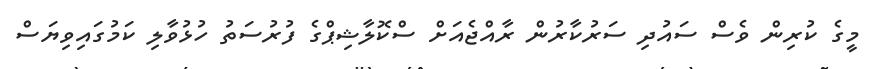
މީގެ ކުރިން ވެސް ސައުދި ސަރުކާރުން ރާއްޖެއަށް ސްކޮލާޝިޕްގެ ފުރުސަތު ހުޅުވާލި ކަމުގައިވިޔަސް